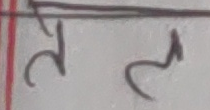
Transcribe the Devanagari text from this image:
ल ल